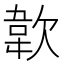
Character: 𩎗